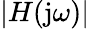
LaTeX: |H(\mathrm{j}\omega)|